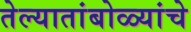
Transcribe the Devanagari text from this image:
तेल्यातांबोळ्यांचे